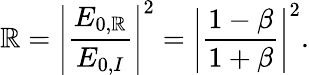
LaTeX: \mathbb{R}=\left|\frac{{E_{0,\mathbb{R}}}}{{E_{0,I}}}\right|^{2}=\left|\frac{{1-\beta}}{{1+\beta}}\right|^{2}.